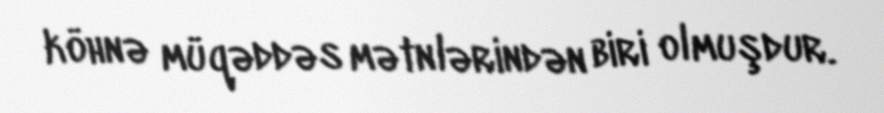
köhnə müqəddəs mətnlərindən biri olmuşdur.